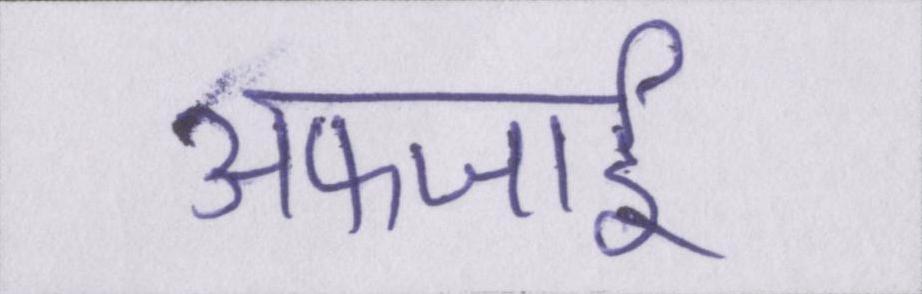
अफजाई